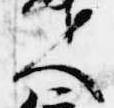
人